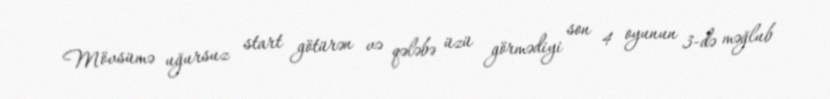
Mövsümə uğursuz start götürən və qələbə üzü görmədiyi son 4 oyunun 3-də məğlub